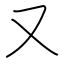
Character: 又